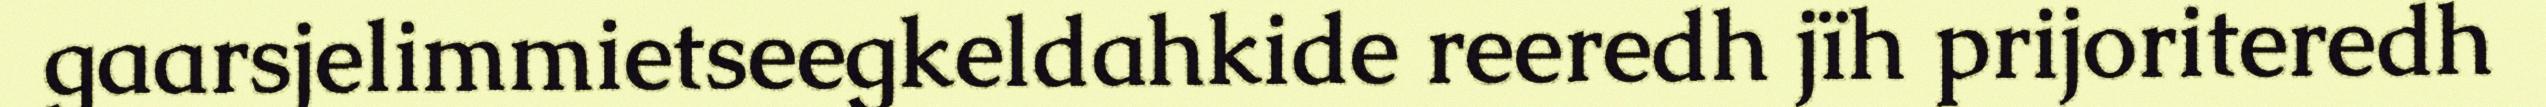
gaarsjelimmietseegkeldahkide reeredh jïh prijoriteredh